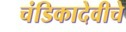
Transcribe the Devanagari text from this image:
चंडिकादेवीचे